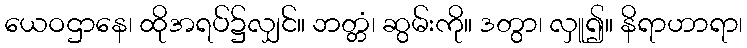
ယေဝဌာနေ၊ ထိုအရပ်၌လျှင်။ ဘတ္တံ၊ ဆွမ်းကို။ ဒတွာ၊ လှူ၍။ နိရာဟာရာ၊